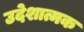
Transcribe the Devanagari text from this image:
उदेशात्मक